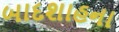
બાદશાહના